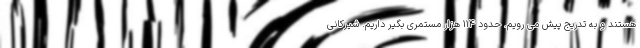
هستند و به تدریج پیش می رویم. حدود ۱۱۴ هزار مستمری بگیر داریم. شیرکانی